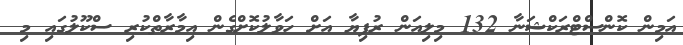
އަމިން ކޮންސްޓްރަކްޝަނާ 132 މިލިއަން ރުފިޔާ އަށް ހަވާލުކޮށްގެން އިމާރާތްކުރި ސްކޫލުގައި މި